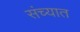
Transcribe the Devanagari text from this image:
संच्यात